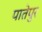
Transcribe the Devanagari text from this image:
पातेपुर